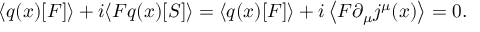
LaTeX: \langle q ( x ) [ F ] \rangle + i \langle F q ( x ) [ S ] \rangle = \langle q ( x ) [ F ] \rangle + i \left\langle F \partial _ { \mu } j ^ { \mu } ( x ) \right\rangle = 0 .